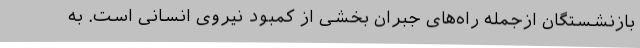
بازنشستگان ازجمله راه‌های جبران بخشی از کمبود نیروی انسانی است. به